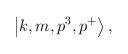
LaTeX: \begin{align*}\left| k,m,p^3,p^+ \right>,\end{align*}